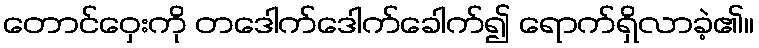
တောင်ဝှေးကို တဒေါက်ဒေါက်ခေါက်၍ ရောက်ရှိလာခဲ့၏။